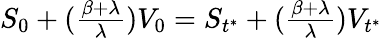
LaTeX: \begin{array}{r}{S_{0}+(\frac{\beta+\lambda}{\lambda})V_{0}=S_{t^{*}}+(\frac{\beta+\lambda}{\lambda})V_{t^{*}}}\end{array}